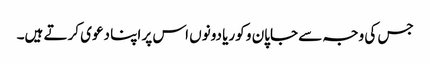
جس کی وجہ سے جاپان و کوریا دونوں اس پر اپنا دعوی کرتے ہیں۔